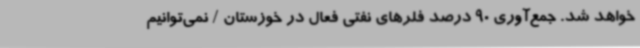
خواهد شد. جمع‌آوری 90 درصد فلرهای نفتی فعال در خوزستان / نمی‌توانیم